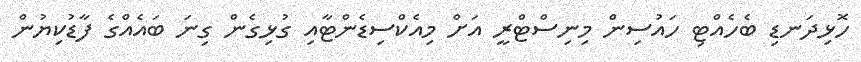
ހޮޅިދަނޑި ބެހެއްޓި ހައުސިން މިނިސްޓްރީ އަށް މިއެކްސިޑެންޓާއި ގުޅިގެން ގިނަ ބައެއްގެ ފާޑުކިޔުން